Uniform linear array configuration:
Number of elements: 8
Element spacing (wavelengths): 0.5
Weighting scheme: binomial
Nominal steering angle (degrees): -60
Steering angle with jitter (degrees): -59.141
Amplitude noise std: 0.05
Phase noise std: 0.05

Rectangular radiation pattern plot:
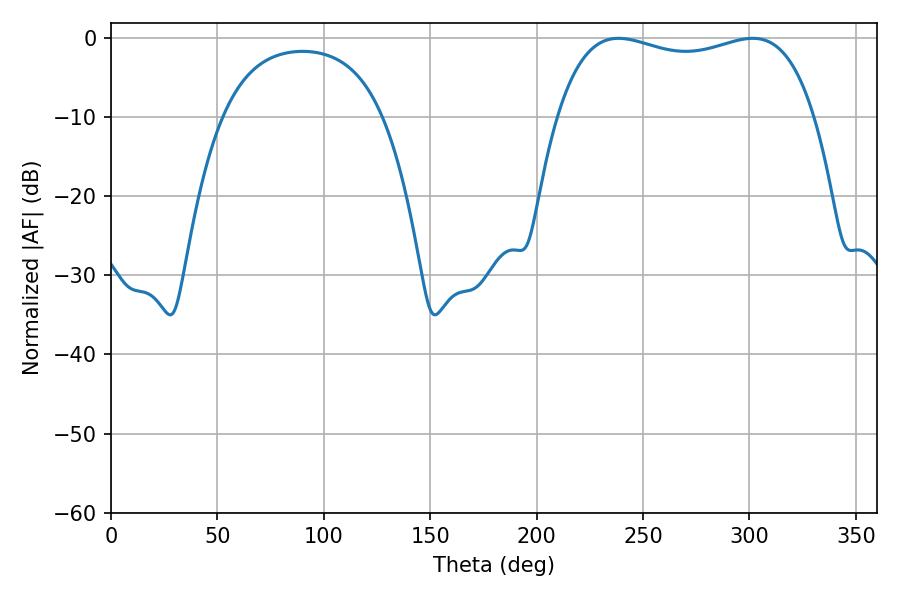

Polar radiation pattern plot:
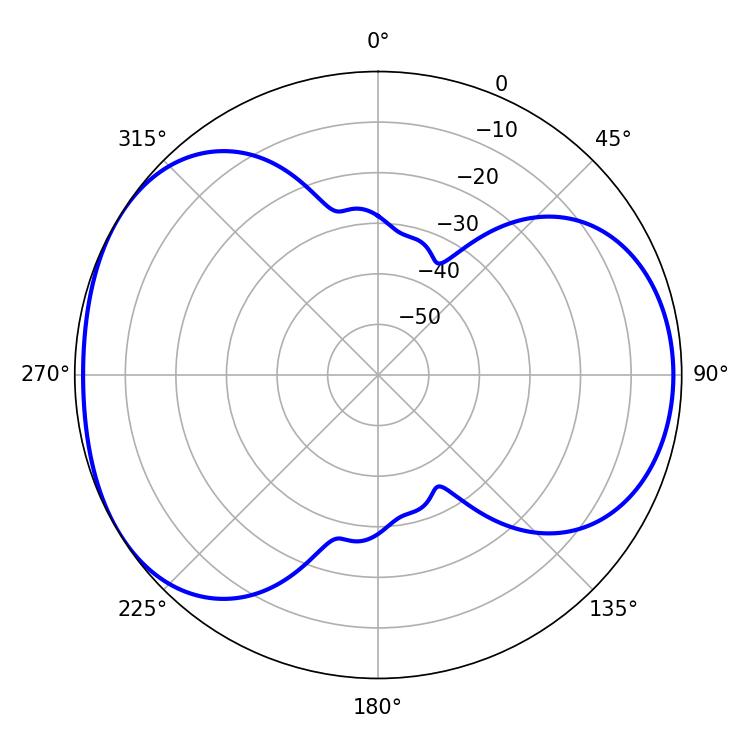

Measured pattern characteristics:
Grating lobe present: FALSE
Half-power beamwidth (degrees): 98.28
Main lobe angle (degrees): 238.5